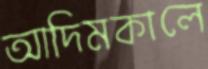
আদিমকালে